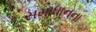
સમાધાનના